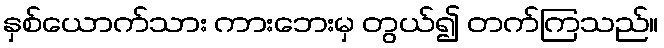
နှစ်ယောက်သား ကားဘေးမှ တွယ်၍ တက်ကြသည်။